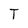
Character: T